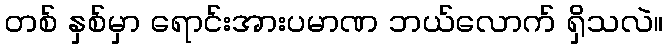
တစ် နှစ်မှာ ရောင်းအားပမာဏ ဘယ်လောက် ရှိသလဲ။